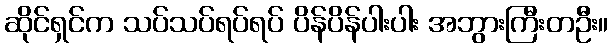
ဆိုင်ရှင်က သပ်သပ်ရပ်ရပ် ပိန်ပိန်ပါးပါး အဘွားကြီးတဦး။